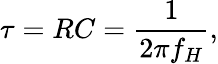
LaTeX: \tau=RC={\frac{1}{2\pi f_{H}}},